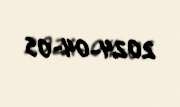
2024-04-05